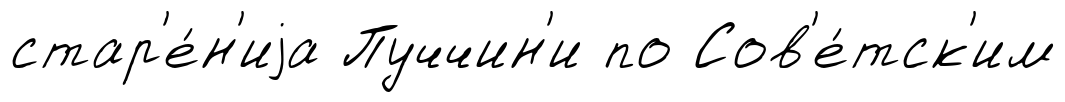
стар'е́н'иjа Пуччин'и по Сов'е́тск'им